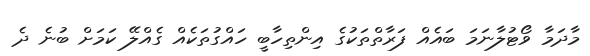
މާދަމާ ވޯޓުލާނަމަ ބައެއް ފަރާތްތަކުގެ އިންތިހާބީ ހައްގުތަކެއް ގެއްލޭ ކަމަށް ބުނެ ދެ